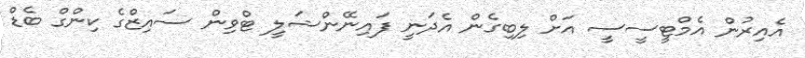
އެއިރުން އެމްޓީސީސީ އަށް ލިބިގެން އެދަނީ ފައިނޭންޝަލީ ޓްވިން ސައިޒްގެ ކިންގް ބެޑް